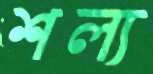
শল্য